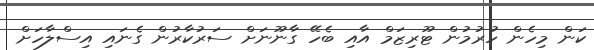
ކަން މިހެން ހުރުމުން ޓޫރިޒަމް އާއި ބެހޭ ގާނޫނަށް ސަރުކާރުން ގެނައި އިސްލާހަށް